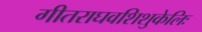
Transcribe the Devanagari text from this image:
गीतराघवशिशुकेलिः